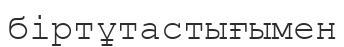
біртұтастығымен